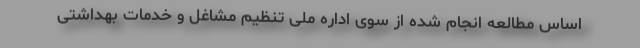
اساس مطالعه انجام شده از سوی اداره ملی تنظیم مشاغل و خدمات بهداشتی